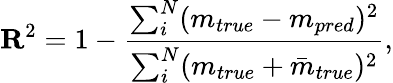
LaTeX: \textbf{R}^{2}=1-\frac{\sum_{i}^{N}(m_{true}-m_{pred})^{2}}{\sum_{i}^{N}(m_{true}+\bar{m}_{true})^{2}},